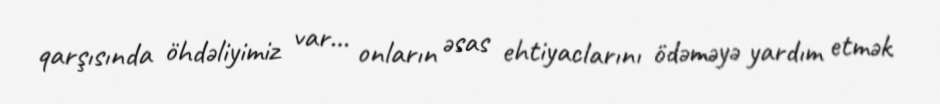
qarşısında öhdəliyimiz var… onların əsas ehtiyaclarını ödəməyə yardım etmək